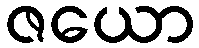
ဇယော